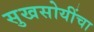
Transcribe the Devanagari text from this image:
सुखसोयींचा